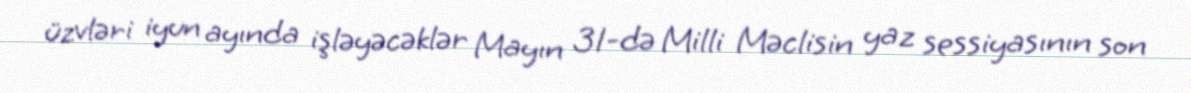
üzvləri iyun ayında işləyəcəklər Mayın 31-də Milli Məclisin yaz sessiyasının son